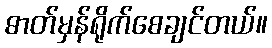
ဓာတ်မှန်ရိုက်စေချင်တယ်။